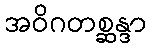
အဝိဂတစ္ဆန္ဒာ